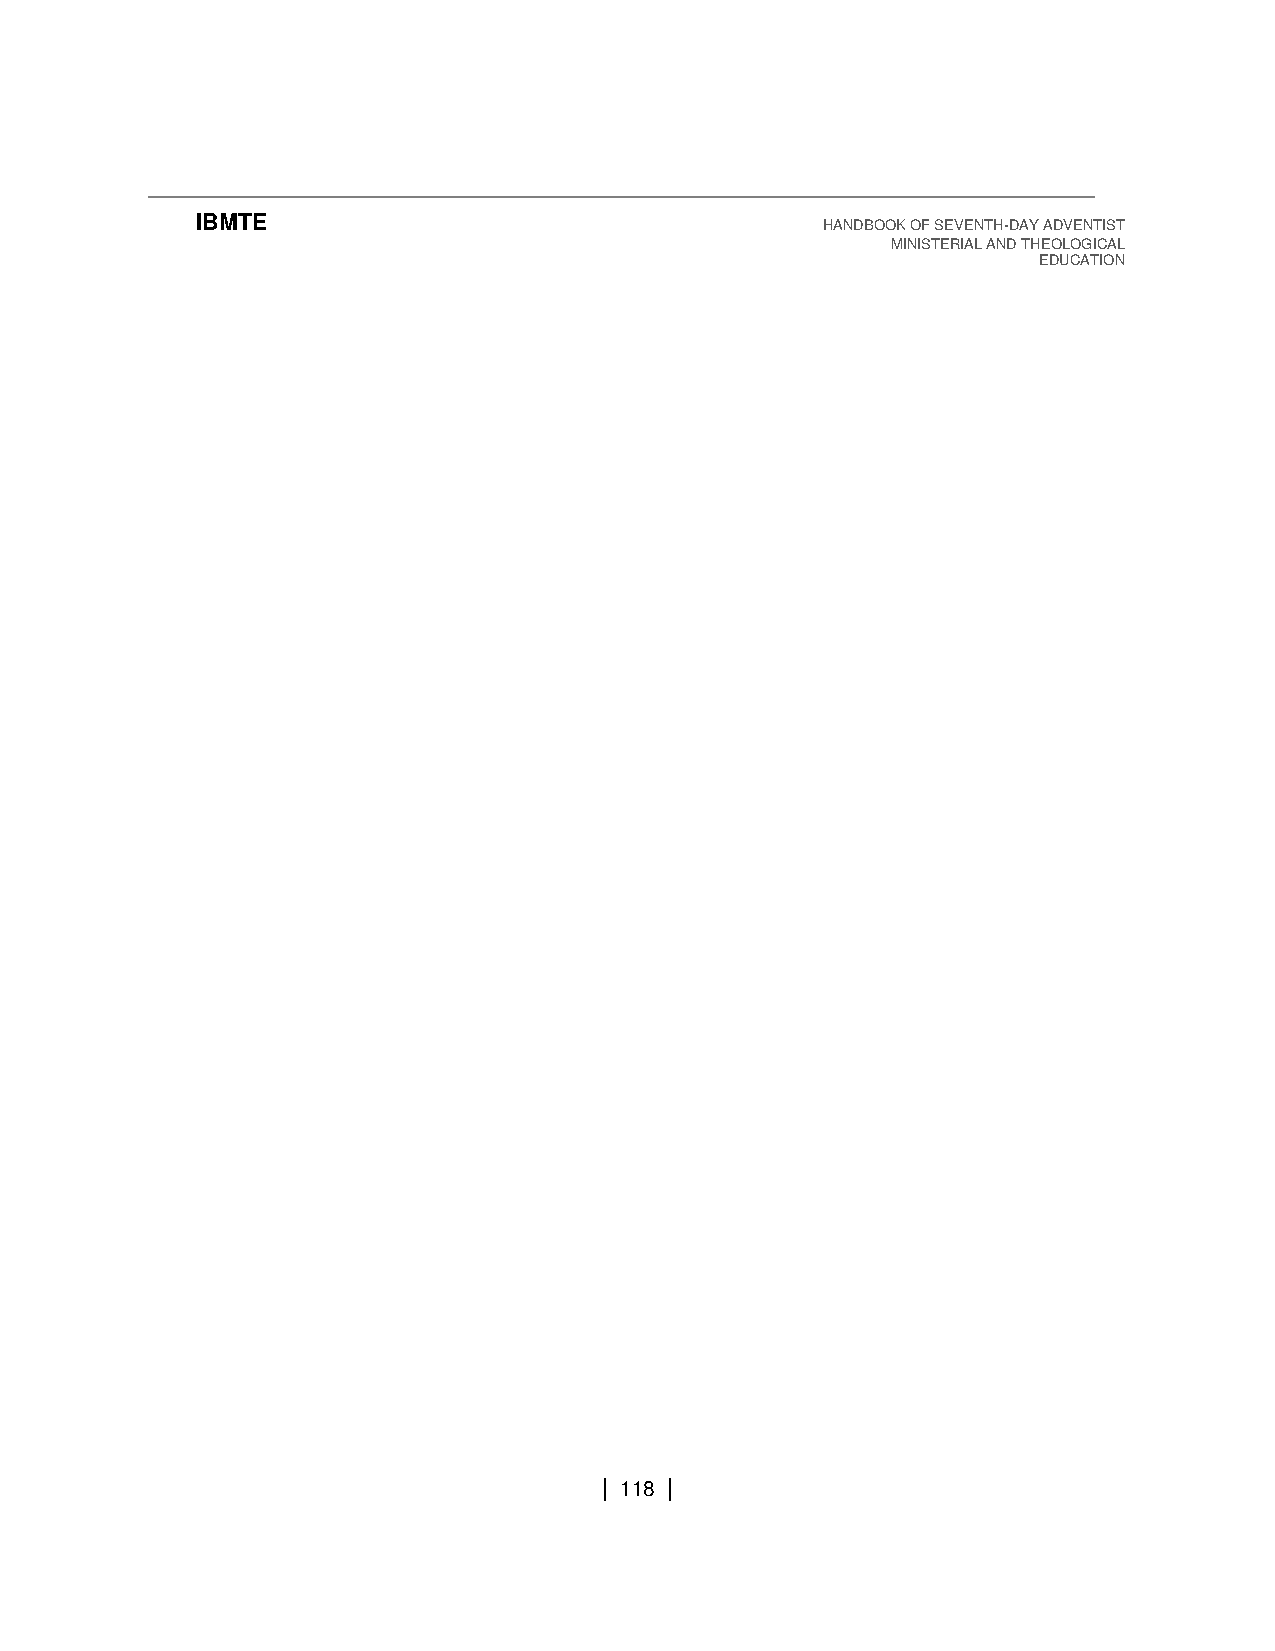
IBMTE                                     HANDBOOK OF SEVENTH-DAY ADVENTIST
 MINISTERIAL AND THEOLOGICAL
 EDUCATION
 | 118 |